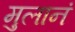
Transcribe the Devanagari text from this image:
मुलानं